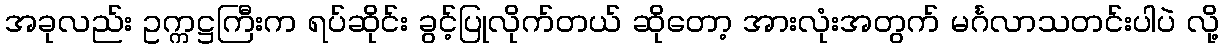
အခုလည်း ဥက္ကဋ္ဌကြီးက ရပ်ဆိုင်း ခွင့်ပြုလိုက်တယ် ဆိုတော့ အားလုံးအတွက် မင်္ဂလာသတင်းပါပဲ လို့